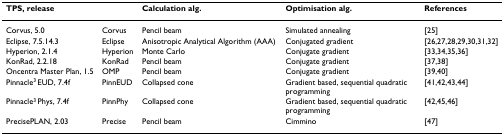
| TPS, release |  | Calculation alg. | Optimisation alg. | References |
 | --- | --- | --- | --- | --- |
 | Corvus, 5.0 | Corvus | Pencil beam | Simulated annealing | [25] |
 | Eclipse, 7.5.14.3 | Eclipse | Anisotropic Analytical Algorithm (AAA) | Conjugated gradient | [26,27,28,29,30,31,32] |
 | Hyperion, 2.1.4 | Hyperion | Monte Carlo | Conjugate gradient | [33,34,35,36] |
 | KonRad, 2.2.18 | KonRad | Pencil beam | Conjugate gradient | [37,38] |
 | Oncentra Master Plan, 1.5 | OMP | Pencil beam | Conjugate gradient | [39,40] |
 | Pinnacle3 EUD, 7.4f | PinnEUD | Collapsed cone | Gradient based, sequential quadratic programming | [41,42,43,44] |
 | Pinnacle3 Phys, 7.4f | PinnPhy | Collapsed cone | Gradient based, sequential quadratic programming | [42,45,46] |
 | PrecisePLAN, 2.03 | Precise | Pencil beam | Cimmino | [47] |